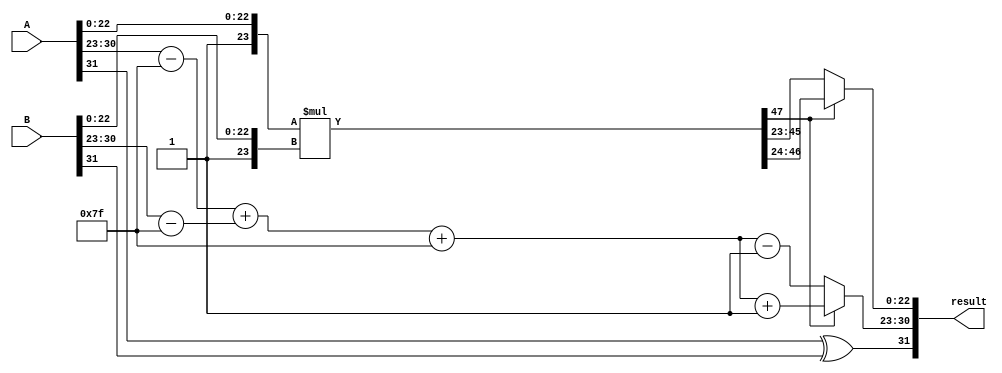
module fp_wallace_tree_multiplier (
    input [31:0] A, // First floating-point number
    input [31:0] B, // Second floating-point number
    output reg [31:0] result // Resulting floating-point number
);

    // Extract sign, exponent, and mantissa
    wire signA = A[31];
    wire signB = B[31];
    wire [7:0] expA = A[30:23];
    wire [7:0] expB = B[30:23];
    wire [22:0] mantA = A[22:0];
    wire [22:0] mantB = B[22:0];

    // Normalize mantissas (add implicit leading one)
    wire [23:0] normMantA = {1'b1, mantA}; // Implicit leading one
    wire [23:0] normMantB = {1'b1, mantB}; // Implicit leading one

    // Exponent bias
    parameter EXP_BIAS = 8'd127;

    // Calculate biased exponents
    wire [7:0] biasedExpA = expA - EXP_BIAS;
    wire [7:0] biasedExpB = expB - EXP_BIAS;

    // Calculate result exponent
    wire [7:0] resultExp = biasedExpA + biasedExpB + EXP_BIAS;

    // Mantissa multiplication using Wallace Tree
    wire [47:0] mantProduct = normMantA * normMantB; // 24 * 24 = 48 bits

    // Normalize the result mantissa
    reg [23:0] resultMant;
    reg [7:0] adjustedExp;
    always @(*) begin
        if (mantProduct[47]) begin
            // Shift right if leading bit is 1
            resultMant = mantProduct[46:24]; // 24 bits
            adjustedExp = resultExp + 1;
        end else begin
            // Shift left if leading bit is 0
            resultMant = mantProduct[45:23]; // 24 bits
            adjustedExp = resultExp - 1;
        end
    end

    // Determine the sign of the result
    wire resultSign = signA ^ signB;

    // Assemble the final result
    always @(*) begin
        result = {resultSign, adjustedExp, resultMant[22:0]};
    end

endmodule